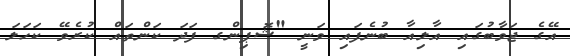
އޭގެ ޖަވާބުގައި އާލިއާ ބުނެފައި ވަނީ "ޝޮޕިންގ ފަދަ ކަންތައް ކުރެވޭ ކަހަލަ